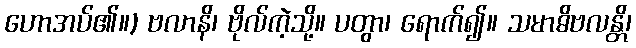
ဟောအပ်၏။) ဗလာနိ၊ ဗိုလ်ကဲ့သို့။ ပတွာ၊ ရောက်၍။ သမာဓိဗလန္တိ၊